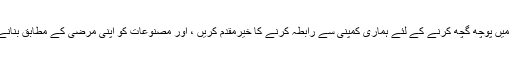
مصنوعات کے بارے میں پوچھ گچھ کرنے کے لئے ہماری کمپنی سے رابطہ کرنے کا خیرمقدم کریں ، اور مصنوعات کو اپنی مرضی کے مطابق بنانے میں بھی خوش آمدید۔